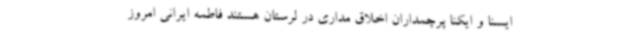
ایسنا و ایکنا پرچمداران اخلاق مداری در لرستان هستند فاطمه ایرانی امروز